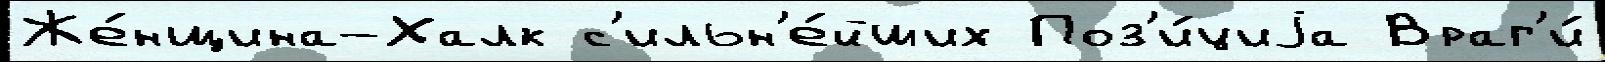
Же́нщина-Халк с'ильн'е́йших Поз'и́циjа Враг'и́